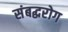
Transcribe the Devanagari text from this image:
संबद्धरोग